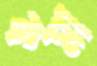
কমা